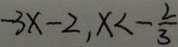
- 3 x - 2 , x < - \frac { 2 } { 3 }